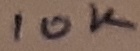
Text: 10K